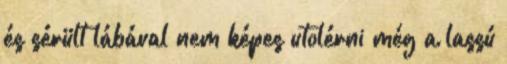
és sérült lábával nem képes utolérni még a lassú